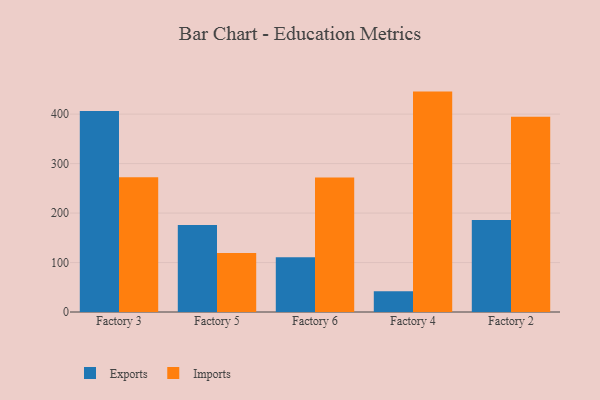
{"axis": {"x": "Factory", "y": "Churn Rate (%)"}, "legend": ["Exports", "Imports"], "data": [{"x": "Factory 3", "y": 406.6, "type": "Exports"}, {"x": "Factory 3", "y": 272.2, "type": "Imports"}, {"x": "Factory 5", "y": 176.1, "type": "Exports"}, {"x": "Factory 5", "y": 119.5, "type": "Imports"}, {"x": "Factory 6", "y": 110.6, "type": "Exports"}, {"x": "Factory 6", "y": 272.1, "type": "Imports"}, {"x": "Factory 4", "y": 41.8, "type": "Exports"}, {"x": "Factory 4", "y": 445.6, "type": "Imports"}, {"x": "Factory 2", "y": 186.2, "type": "Exports"}, {"x": "Factory 2", "y": 394.7, "type": "Imports"}]}